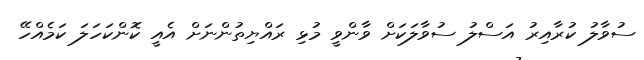
ސުވާލު ކުރާއިރު އަސްލު ސުވާލަކަށް ވާންވީ މުޅި ރައްޔިތުންނަށް އެއީ ކޮންކަހަލަ ކަމެއްހޭ